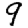
Digit: 9